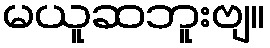
မယူဆဘူးဗျ။